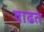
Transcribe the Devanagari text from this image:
वाढतं